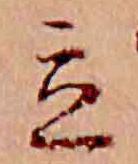
立